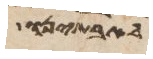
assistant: לבתים